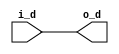
// *!***************************************************************************
// *! Copyright 2019 International Business Machines
// *!
// *! Licensed under the Apache License, Version 2.0 (the "License");
// *! you may not use this file except in compliance with the License.
// *! You may obtain a copy of the License at
// *! http://www.apache.org/licenses/LICENSE-2.0 
// *!
// *! The patent license granted to you in Section 3 of the License, as applied
// *! to the "Work," hereby includes implementations of the Work in physical form. 
// *!
// *! Unless required by applicable law or agreed to in writing, the reference design
// *! distributed under the License is distributed on an "AS IS" BASIS,
// *! WITHOUT WARRANTIES OR CONDITIONS OF ANY KIND, either express or implied.
// *! See the License for the specific language governing permissions and
// *! limitations under the License.
// *!***************************************************************************
module base_endian_szl#(parameter szl=0, parameter bytes=8) 
   (
    input [0:(8*bytes)-1] i_d,
    output [0:(8*bytes)-1] o_d
    );

   
generate
   genvar 		   i;
   if(szl)
     begin
	for(i=0; i< bytes; i=i+1) 
	  begin : gen1
	     assign o_d[(i*8): ((i+1)*8)-1] = i_d[(bytes-i)*8-8 : (bytes-i)*8-1];
	  end
     end // if (szl)
   else
     assign o_d = i_d;
endgenerate
   
endmodule // base_endian_szl